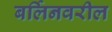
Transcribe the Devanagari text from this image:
बर्लिनवरील